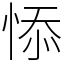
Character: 悿